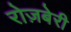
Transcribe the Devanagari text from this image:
रोज़बेरी